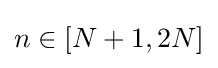
n\in [N+1,2N]